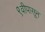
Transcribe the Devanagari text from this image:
९वीपासून